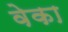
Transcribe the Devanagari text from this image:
वेका